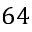
6 4